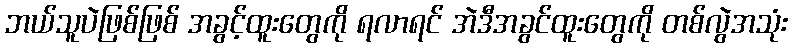
ဘယ်သူပဲဖြစ်ဖြစ် အခွင့်ထူးတွေကို ရလာရင် အဲဒီအခွင်ထူးတွေကို တစ်လွဲအသုံး